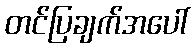
တင်ပြချက်အပေါ်